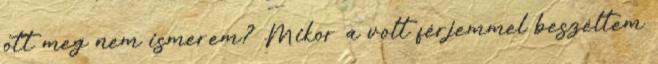
ott meg nem ismerem? Mikor a volt férjemmel beszéltem